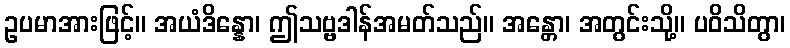
ဥပမာအားဖြင့်။ အယံဒိန္နော၊ ဤသဗ္ဗဒါန်အမတ်သည်။ အန္တော၊ အတွင်းသို့။ ပဝိသိတွာ၊